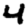
Digit: 4